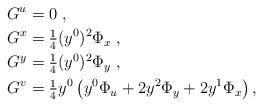
LaTeX: \begin{align*}G^u&=0\;,\\G^x&=\tfrac{1}{4} (y^0)^2 \Phi_x\;,\\G^y&=\tfrac{1}{4} (y^0)^2 \Phi_y\;,\\G^v&=\tfrac{1}{4} y^0 \left(y^0 \Phi_u + 2 y^2\Phi_y + 2 y^1\Phi_x\right),\end{align*}